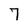
Character: 7